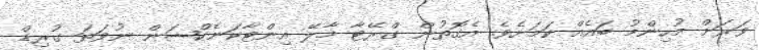
ވަރަށް މުހިންމު ބައެއް ކަމަށެވެ. އެގޮތުން ގްރޭޓާ މާލޭ އިންޓާކަނެކްޝަން ނުވަތަ ގުރިޑް